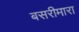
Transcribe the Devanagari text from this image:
बसरीमारा